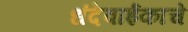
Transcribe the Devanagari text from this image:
धंदेवाईकाचे